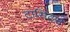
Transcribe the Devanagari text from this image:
टासिटस